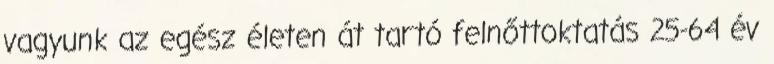
vagyunk az egész életen át tartó felnőttoktatás 25-64 év